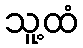
သူ့ထံ